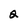
Character: 2